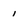
Character: 1